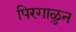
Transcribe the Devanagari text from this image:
पिरगाळुन